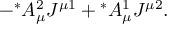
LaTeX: - { ^ \ast } A _ { \mu } ^ { 2 } J ^ { \mu 1 } + { ^ \ast } A _ { \mu } ^ { 1 } J ^ { \mu 2 } .